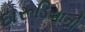
દારૂડિયાની